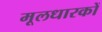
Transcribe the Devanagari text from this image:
मूलधारकों